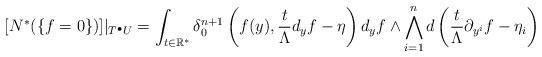
LaTeX: \begin{align*}[N^*(\{f=0\})]|_{T^\bullet U}=\int_{t\in\mathbb{R}^*} \delta^{n+1}_0\left(f(y),\frac{t}{\Lambda}d_yf-\eta\right)d_yf\wedge\bigwedge_{i=1}^nd\left(\frac{t}{\Lambda}\partial_{y^i}f-\eta_i\right)\end{align*}